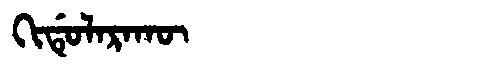
Manchu: ᡴᡳᡩᡠᠯᠠᡵᠠᡴᡡ
Romanization: KIDULARAKŪ